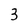
Character: 3